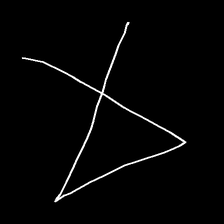
Glyph: collection